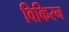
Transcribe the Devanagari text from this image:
विकिरन